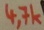
Text: 4,7k